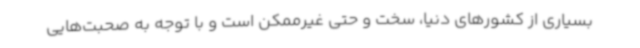
بسیاری از کشورهای دنیا، سخت و حتی غیرممکن است و با توجه به صحبت‌هایی